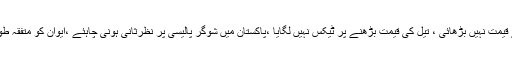
وفاقی وزیر حماد اظہر نے کہا ہے کہ دنیا میں آئل مہنگا تھا ہم نے قیمت نہیں بڑھائی ، تیل کی قیمت بڑھنے پر ٹیکس نہیں لگایا ،پاکستان میں شوگر پالیسی پر نظرثانی ہونی چاہئے ،ایوان کو متفقہ طور پر فیصلہ کرنا چاہئے ‘موبائل مینوفیکچرنگ پالیسی لا رہے ہیں۔